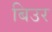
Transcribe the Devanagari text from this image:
बिउर